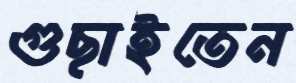
গুছাইতেন